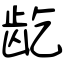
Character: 龁